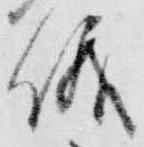
儀